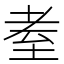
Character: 耊